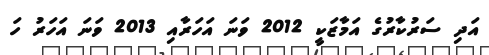
އަދި ސަރުކާރުގެ އަމާޒަކީ 2012 ވަނަ އަހަރާއި 2013 ވަނަ އަހަރު ހަ